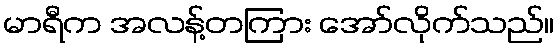
မာရီက အလန့်တကြား အော်လိုက်သည်။